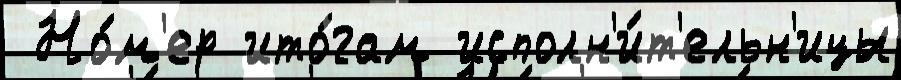
 Но́м'ер ито́гам исполн'и́т'ельн'ицы